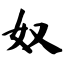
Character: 奴